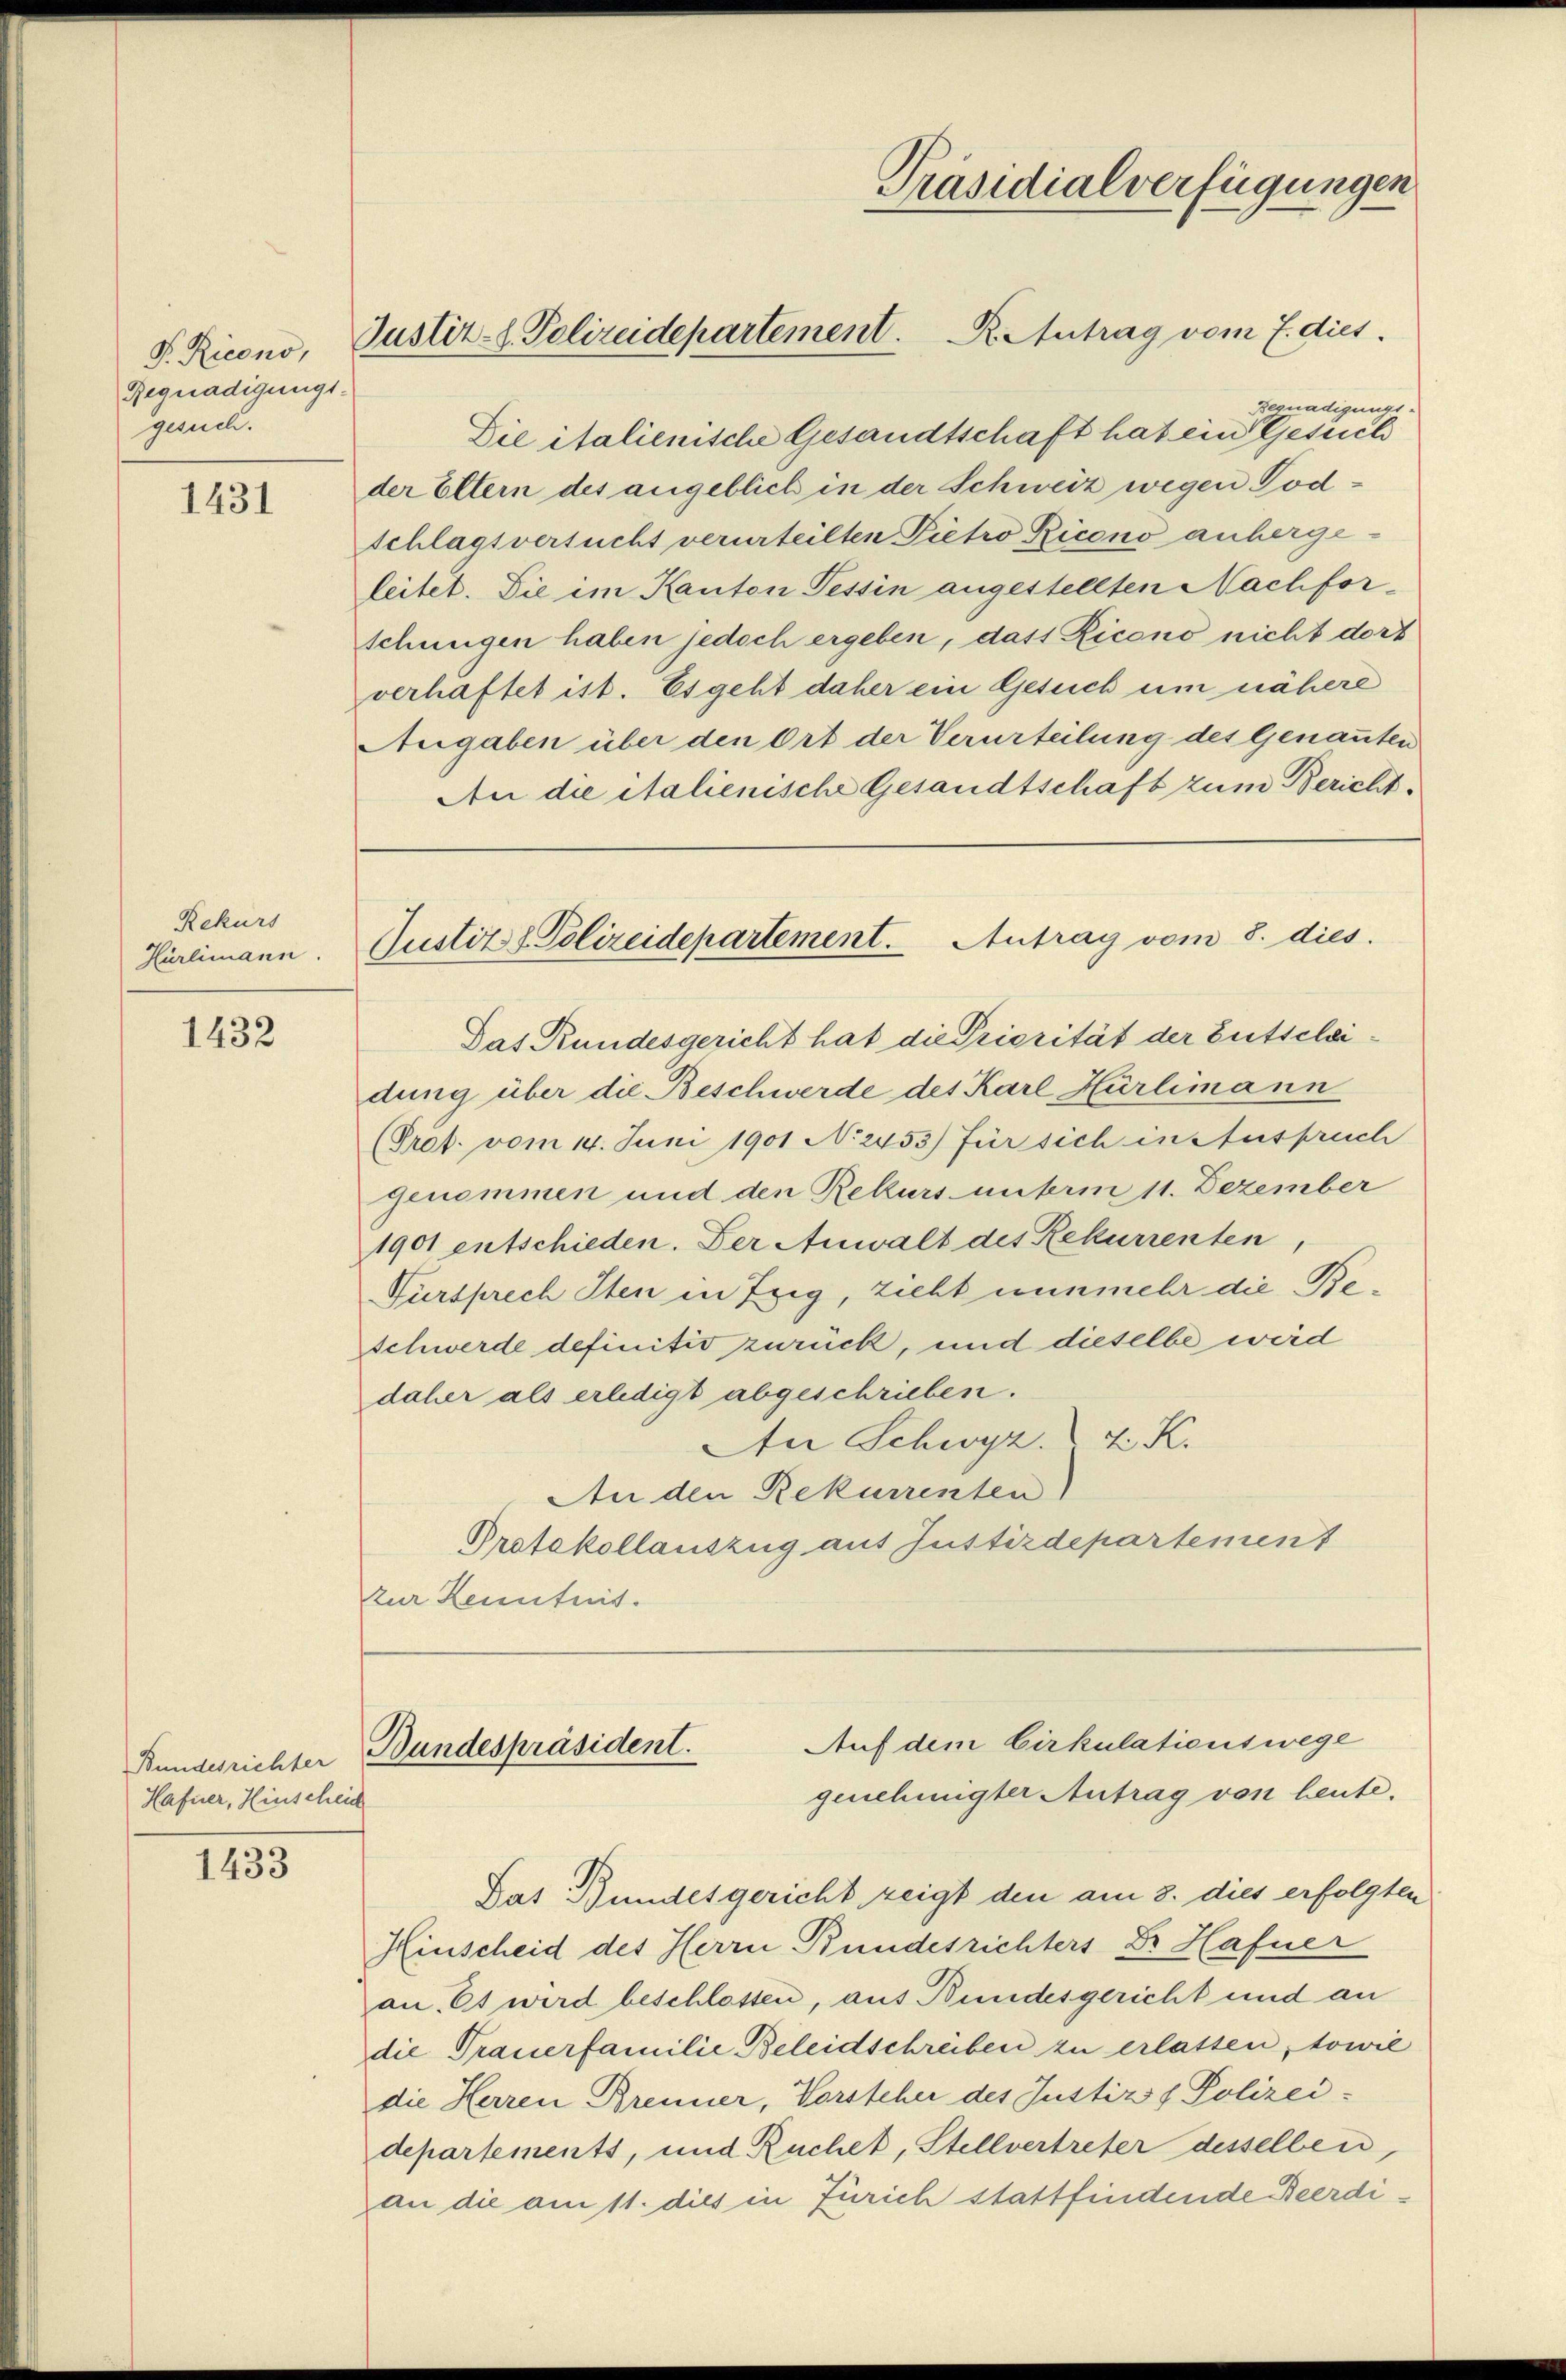
P. Ricono,
Regnadigungsgesuch.

1431

Rekurs
Hürlimann.

1432

Bundesrichter
Hafner, Hinscheid

1433

Präsidialverfügungen
Justiz- & Polizeidepartement. R. Antrag vom 7. dies

Begnadigungs¬
Die italienische Gesandtschaft hat ein Gesuch
der Eltern des angeblich in der Schweiz wegen Todschlagsversucht verurteilten Pietro Ricono anhergeleitet. Die im Kanton Tessin angestellten Nachfor-
schungen haben jedoch ergeben, dass Ricono nicht dort
verhaftet ist. Es geht daher ein Gesuch um nähere
Angaben über den Ort der Verurteilung des Genannten
An die italienische Gesandtschaft zum Bericht.
Das Rundesgericht hat die Priorität der Gutselbidung über die Beschwerde des Karl Hürlimann
(Prof. vom 14. Juni 1901 No 2453) für sich in Anspruch
genommen und den Rekurs unterm 11. Dezember
1901 entschieden. Der Anwalt des Rekurrenten,
Fürsprech Sten in Ezig, zieht nunmehr die Beschwerde definitiv zurück, und dieselbe wird
daher als erledigt abgeschrieben.
An Schwyz. K.
An den Rekurrenten)
Protokollauszug aus Justizdepartement
zur Kenntnis.

Justiz & Polizeidepartement. Antrag vom 8. dies

Das Bundesgericht zeigt den am 8. dies erfolgten
Hinscheid des Herrn Bundesrichters Dr. Hafner
an. Es wird beschlossen, aus Bundesgericht und an
die Trauerfamilie Beleidschreiben zu erlassen, sowie
die Herren Brenner, Vorsteher des Justiz & Polizei-
departements, und Ruchet, Stellvertreter desselben,
an die am 11. dies in Zürich stattfindende Beerdi¬

Auf dem Cirkulationswege
Bundespräsident.
genehmigter Antrag von heute.